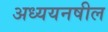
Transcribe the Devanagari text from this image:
अध्ययनषील